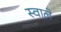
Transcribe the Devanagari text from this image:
स्वाले